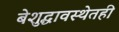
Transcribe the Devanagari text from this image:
बेशुद्धावस्थेतही